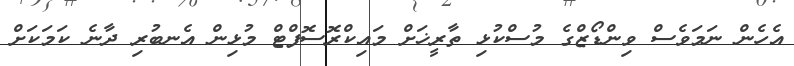
އެހެން ނަމަވެސް ވިންޑޯޒްގެ މުސްކުޅި ތާރީޚަށް މައިކްރޮސޮފްޓް މުޅިން އެނބުރި ދާނެ ކަމަކަށް